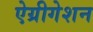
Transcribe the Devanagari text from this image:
ऐग्रीगेशन